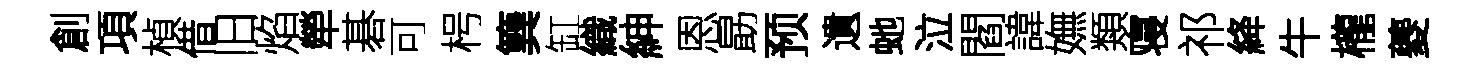
創項楨借旧焰犖碁可枵簨缸織紳恩勗预遺虵泣閻諱嫵類寝祁絳牛櫳夔